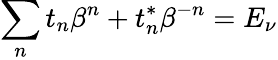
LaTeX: \sum_{n}t_{n}\beta^{n}+t_{n}^{\ast}\beta^{-n}=E_{\nu}